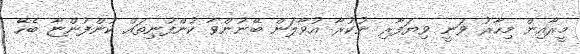
މީރާއިން މިހާރު ވަނީ ވިޔަފާރި ނުކުރާ އުވާލަން ބޭނުންވާ ކުންފުނިތައް ކުންފުންޏާ ބެހޭ